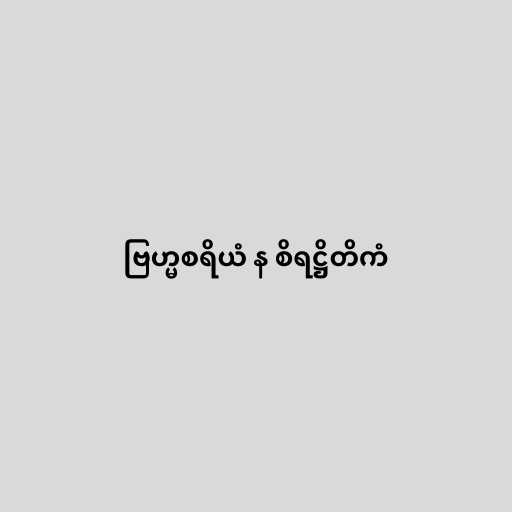
ဗြဟ္မစရိယံ န စိရဋ္ဌိတိကံ